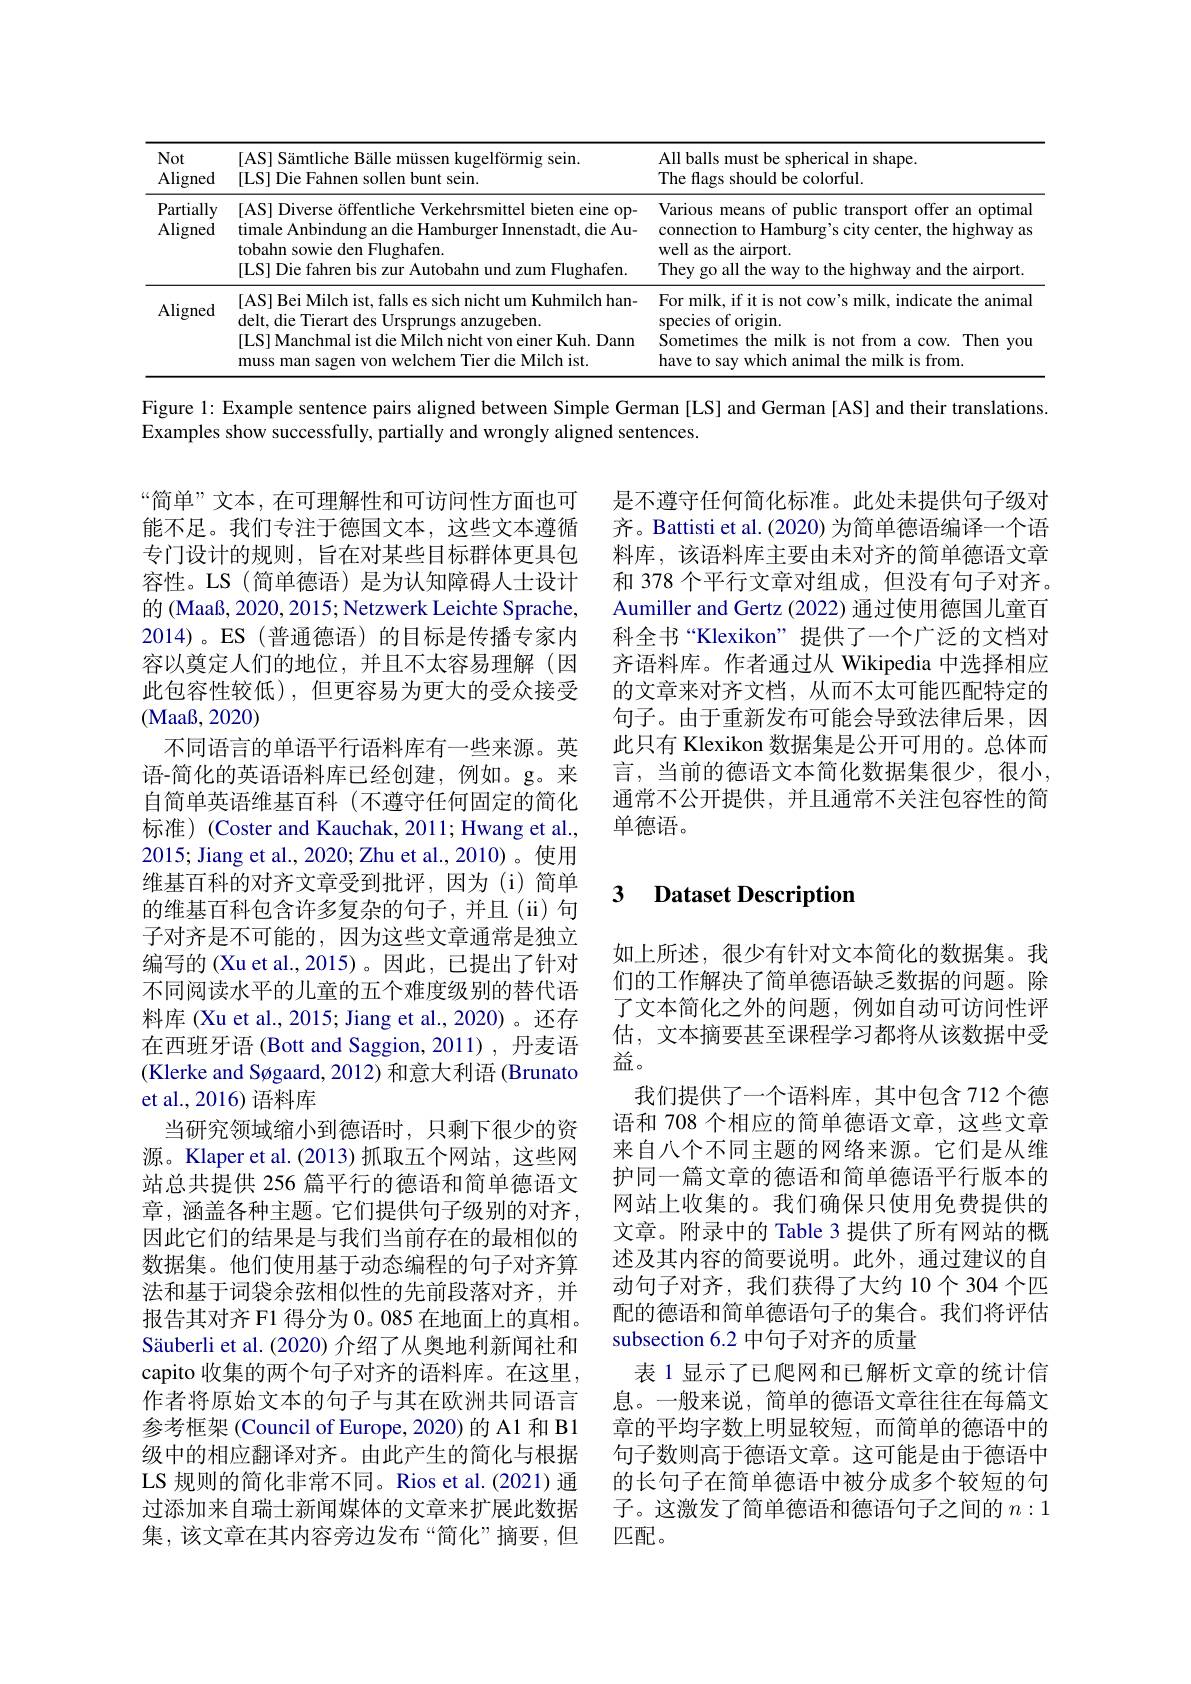
<table>
	<tbody>
		<tr>
			<th>Not Aligned</th>
			<th>[AS] Sämtliche Bälle müssen kugelförmig sein [LS] Die Fahnen sollen bunt sein.</th>
			<th>All balls must be spherical in shape The flags should be colorful.</th>
		</tr>
		<tr>
			<td>Partially Aligned</td>
			<td>[AS] Diverse öffentliche Verkehrsmittel bieten eine op- timale Anbindung an die Hamburger Innenstadt, die Au- tobahn sowie den Flughafen. [LS] Die fahren bis zur Autobahn und zum Flughafen.</td>
			<td>Various means of public transport offer an optima connection to Hamburg's city center, the highway as well as the airport. They go all the way to the highway and the airport.</td>
		</tr>
		<tr>
			<td>Aligned</td>
			<td>|AS|Bei Milch ist, falls es sich nicht um Kuhmilch han- delt, die Tierart des Ursprungs anzugeben. |LS|Manchmal ist die Milch nicht von einer Kuh. Dann muss man sagen von welchem Tier die Milch ist.</td>
			<td>For milk, if it is not cow's milk, indicate the anima species of origin. Sometimes the milk is not from a cow. Then you have to say which animal the milk is from.</td>
		</tr>
	</tbody>
</table>

Figure l: Example sentence pairs aligned between Simple German [LS] and German [AS] and their translations.
Examples show successfully, partially and wrongly aligned sentences.

是不遵守任何简化标准。此处未提供句子级对齐。Battisti et al. (2020) 为简单德语编译一个语料库，该语料库主要由未对齐的简单德语文章和 378 个平行文章对组成，但没有句子对齐。Aumiller and Gertz (2022) 通过使用德国儿童百科全书“Klexikon”提供了一个广泛的文档对齐语料库。作者通过从 Wikipedia 中选择相应的文章来对齐文档，从而不太可能匹配特定的句子。由于重新发布可能会导致法律后果，因此只有 Klexikon 数据集是公开可用的。总体而言，当前的德语文本简化数据集很少，很小， 通常不公开提供，并且通常不关注包容性的简单德语。

### $\textbf{3}$ $\textbf{Dataset Description}$

“简单”文本，在可理解性和可访问性方面也可能不足。我们专注于德国文本，这些文本遵循专门设计的规则，旨在对某些目标群体更具包容性。LS (简单德语) 是为认知障碍人士设计的 (Maaß, 2020, 2015; Netzwerk Leichte Sprache, 2014)。ES(普通德语)的目标是传播专家内容以奠定人们的地位，并且不太容易理解(因此包容性较低),但更容易为更大的受众接受(Maaß, 2020)
不同语言的单语平行语料库有一些来源。英语-简化的英语语料库已经创建，例如。g。来自简单英语维基百科(不遵守任何固定的简化标准)(Coster and Kauchak, 2011; Hwang et al., 2015; Jiang et al., 2020; Zhu et al., 2010)。使用维基百科的对齐文章受到批评，因为(i)简单的维基百科包含许多复杂的句子，并且(ii)句子对齐是不可能的，因为这些文章通常是独立编写的 (Xu et al.,2015)。因此，已提出了针对不同阅读水平的儿童的五个难度级别的替代语料库 (Xu et al., 2015; Jiang et al., 2020)。还存在西班牙语 (Bott and Saggion, 2011) , 丹麦语(Klerke and Søgaard, 2012) 和意大利语 (Brunato et al., 2016) 语料库
当研究领域缩小到德语时，只剩下很少的资源。Klaper et al.(2013) 抓取五个网站，这些网站总共提供 256 篇平行的德语和简单德语文章，涵盖各种主题。它们提供句子级别的对齐， 因此它们的结果是与我们当前存在的最相似的数据集。他们使用基于动态编程的句子对齐算法和基于词袋余弦相似性的先前段落对齐，并报告其对齐 F1 得分为 0。085 在地面上的真相。Säuberli et al. (2020) 介绍了从奥地利新闻社和capito 收集的两个句子对齐的语料库。在这里， 作者将原始文本的句子与其在欧洲共同语言参考框架 (Council of Europe, 2020) 的 A1 和 B1级中的相应翻译对齐。由此产生的简化与根据LS 规则的简化非常不同。Rios et al.(2021) 通过添加来自瑞士新闻媒体的文章来扩展此数据集，该文章在其内容旁边发布“简化”摘要，但

如上所述，很少有针对文本简化的数据集。我们的工作解决了简单德语缺乏数据的问题。除了文本简化之外的问题，例如自动可访问性评估，文本摘要甚至课程学习都将从该数据中受益。
我们提供了一个语料库，其中包含 712 个德语和 708 个相应的简单德语文章，这些文章来自八个不同主题的网络来源。它们是从维护同一篇文章的德语和简单德语平行版本的网站上收集的。我们确保只使用免费提供的文章。附录中的 Table 3 提供了所有网站的概述及其内容的简要说明。此外，通过建议的自动句子对齐，我们获得了大约 10个 304 个匹配的德语和简单德语句子的集合。我们将评估subsection 6.2 中句子对齐的质量
表 1 显示了已爬网和已解析文章的统计信息。一般来说，简单的德语文章往往在每篇文章的平均字数上明显较短，而简单的德语中的句子数则高于德语文章。这可能是由于德语中的长句子在简单德语中被分成多个较短的句子。这激发了简单德语和德语句子之间的$n:1$ 匹配。